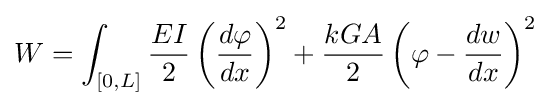
W=\int _{[0,L]}{\frac {EI}{2}}\left({\frac {d\varphi }{dx}}\right)^{2}+{\frac {kGA}{2}}\left(\varphi -{\frac {dw}{dx}}\right)^{2}